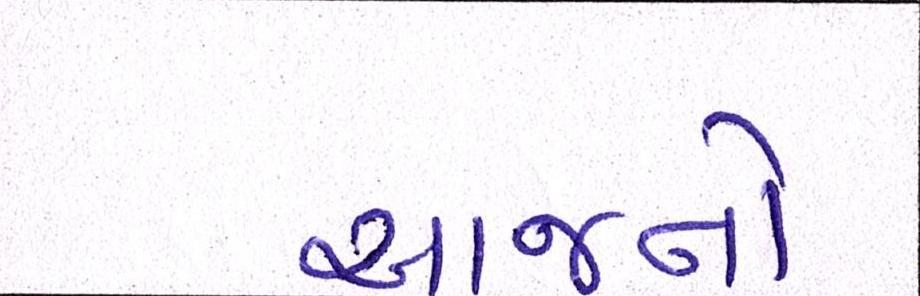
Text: આજનો